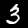
Label: 3